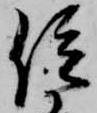
位